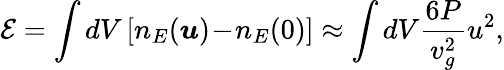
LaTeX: {\cal E}=\int dV\left[n_{E}(\boldsymbol{u})\! -\! n_{E}(0)\right]\approx\int dV\frac{6P}{v_{g}^{2}}u^{2},